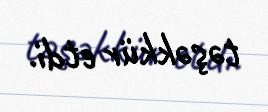
təşəkkür etdi.